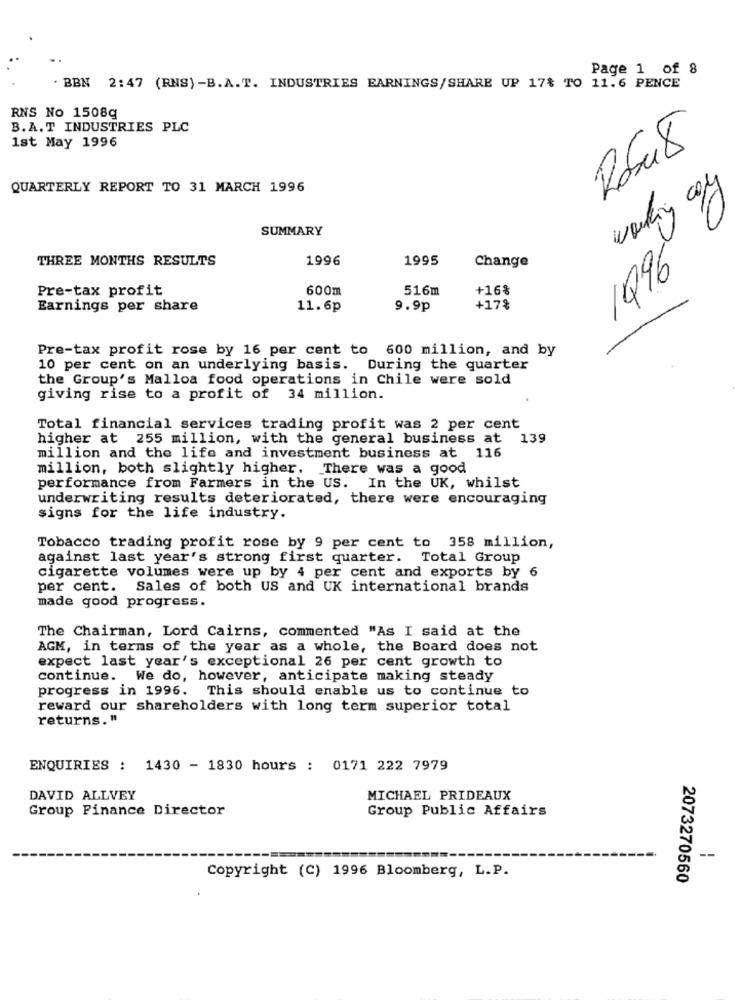
Page 1 of 8
. BBN 2: 47 (RNS) -B.A.T. INDUSTRIES EARNINGS/SHARE UP 17% TO 11.6 PENCE
RNS No 1508g
B.A. T INDUSTRIES PLC
1st May 1996
QUARTERLY REPORT TO 31 MARCH 1996
SUMMARY
THREE MONTHS RESULTS
1996
1995
1996
Change
Pre-tax profit
600m
516m
+16%
Earnings per share
11.6p
9.9p
+17%
Pre-tax profit rose by 16 per cent to 600 million, and by
10 per cent on an underlying basis. During the quarter
the Group's Malloa food operations in Chile were sold
giving rise to a profit of 34 million.
Total financial services trading profit was 2 per cent
higher at 255 million, with the general business at 139
million and the life and investment business at 116
million, both slightly higher. There was a good
performance from Farmers in the US. In the UK, whilst
underwriting results deteriorated, there were encouraging
signs for the life industry.
Tobacco trading profit rose by 9 per cent to 358 million,
against last year's strong first quarter. Total Group
cigarette volumes were up by 4 per cent and exports by 6
per cent. Sales of both US and UK international brands
made good progress.
The Chairman, Lord Cairns, commented "As I said at the
AGM, in terms of the year as a whole, the Board does not
expect last year's exceptional 26 per cent growth to
continue. We do, however, anticipate making steady
progress in 1996. This should enable us to continue to
reward our shareholders with long term superior total
returns. "
ENQUIRIES : 1430 - 1830 hours : 0171 222 7979
DAVID ALLVEY
MICHAEL PRIDEAUX
Group Finance Director
Group Public Affairs
--
Copyright (C) 1996 Bloomberg, L.P.
2073270560